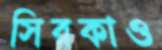
সিরকাও